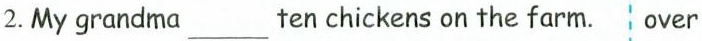
2. My grandma______ ten chickens on the farm. over